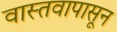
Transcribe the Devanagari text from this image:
वास्तवापासून